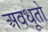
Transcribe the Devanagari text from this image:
अवधूतो